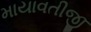
માયાવતીજી